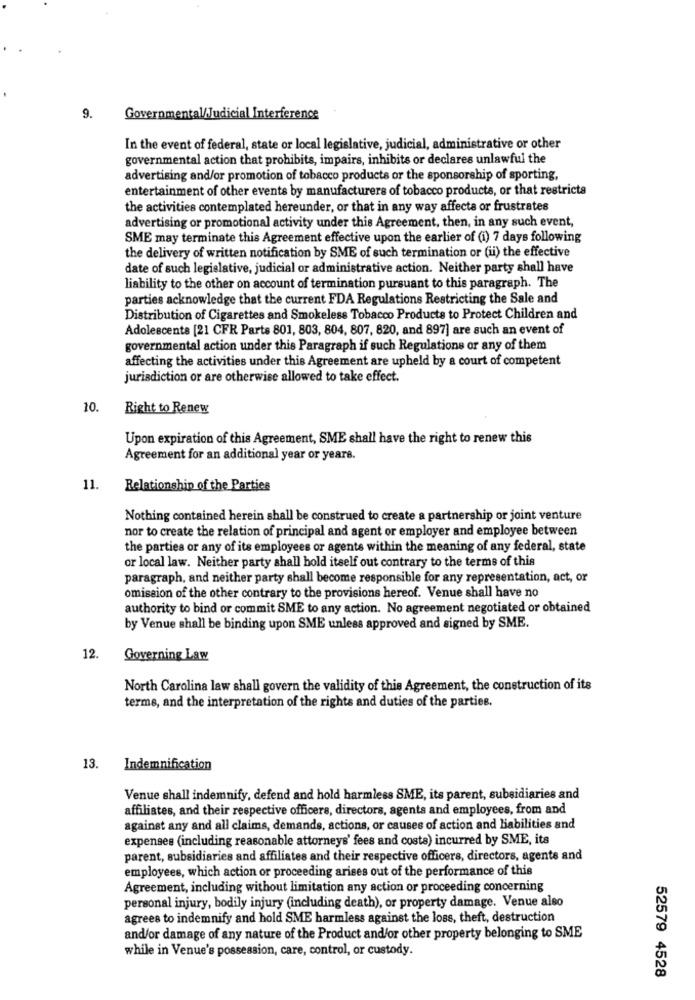
9.
Governmental/Judicial Interference
In the event of federal, state or local legislative, judicial, administrative or other
governmental action that prohibits, impairs, inhibits or declares unlawful the
advertising and/or promotion of tobacco products or the sponsorship of sporting,
entertainment of other events by manufacturers of tobacco products, or that restricta
the activities contemplated hereunder, or that in any way affects or frustrates
advertising or promotional activity under this Agreement, then, in any such event,
SME may terminate this Agreement effective upon the earlier of (i) 7 days following
the delivery of written notification by SME of such termination or (ii) the effective
date of such legislative, judicial or administrative action. Neither party shall have
liability to the other on account of termination pursuant to this paragraph. The
parties acknowledge that the current FDA Regulations Restricting the Sale and
Distribution of Cigarettes and Smokeless Tobacco Products to Protect Children and
Adolescents [21 CFR Parts 801, 803, 804, 807, 820, and 897] are such an event of
governmental action under this Paragraph if such Regulations or any of them
affecting the activities under this Agreement are upheld by a court of competent
jurisdiction or are otherwise allowed to take effect.
10.
Right to Renew
Upon expiration of this Agreement, SME shall have the right to renew this
Agreement for an additional year or years.
11.
Relationship of the Parties
Nothing contained herein shall be construed to create a partnership or joint venture
nor to create the relation of principal and agent or employer and employee between
the parties or any of its employees or agents within the meaning of any federal, state
or local law. Neither party shall hold itself out contrary to the terms of this
paragraph, and neither party shall become responsible for any representation, act, or
omission of the other contrary to the provisions hereof. Venue shall have no
authority to bind or commit SME to any action. No agreement negotiated or obtained
by Venue shall be binding upon SME unless approved and signed by SME.
12.
Governing Law
North Carolina law shall govern the validity of this Agreement, the construction of its
terme, and the interpretation of the rights and duties of the parties.
13.
Indemnification
Venue shall indemnify, defend and hold harmless SME, its parent, subsidiaries and
affiliates, and their respective officers, directors, agents and employees, from and
against any and all claims, demands, actions, or causes of action and liabilities and
expenses (including reasonable attorneys' fees and costa) incurred by SME, its
parent, subsidiaries and affiliates and their respective officers, directors, agente and
employees, which action or proceeding arises out of the performance of this
Agreement, including without limitation any action or proceeding concerning
personal injury, bodily injury (including death), or property damage. Venue also
agrees to indemnify and hold SME harmless against the loss, theft, destruction
and/or damage of any nature of the Product and/or other property belonging to SME
while in Venue's possession, care, control, or custody.
52579 4528